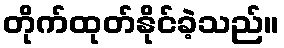
တိုက်ထုတ်နိုင်ခဲ့သည်။